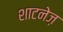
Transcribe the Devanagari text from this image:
शाटनेज़